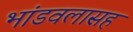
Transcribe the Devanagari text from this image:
भांडवलासह